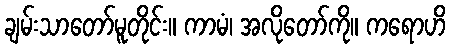
ချမ်းသာတော်မူတိုင်း။ ကာမံ၊ အလိုတော်ကို။ ကရောဟိ